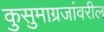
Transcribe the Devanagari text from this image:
कुसुमाग्रजांवरील